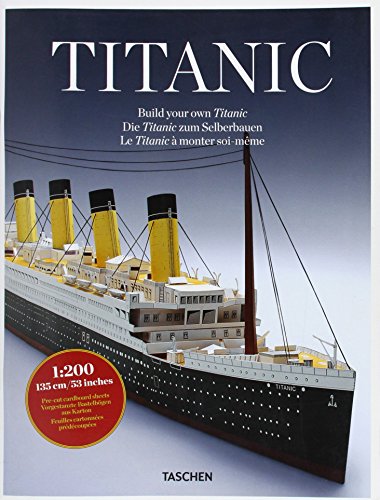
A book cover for Titanic; TASCHEN; Crafts, Hobbies & Home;